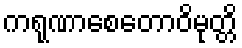
ကရုဏာစေတောဝိမုတ္တိ